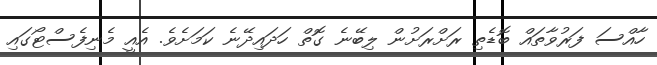
ހާއްސަ ފަރުވާތައް ބޮޑެތި ރަށްރަށުން ލިބޭނެ ގޮތް ހަދައިދޭނެ ކަމަށެވެ. އެއީ މެނިފެސްޓޯގައި